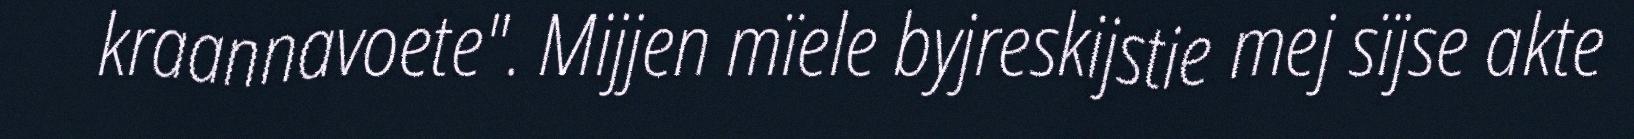
kraannavoete". Mijjen mïele byjreskijstie mej sïjse akte